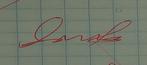
Signature authenticity: genuine